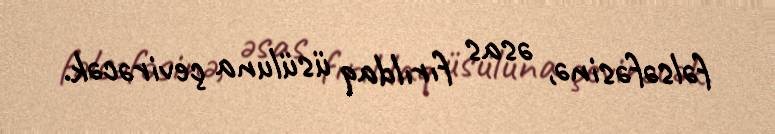
fəlsəfəsinə, əsas fırıldaq üsüluna çevirəcək.